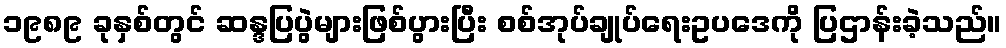
၁၉၈၉ ခုနှစ်တွင် ဆန္ဒပြပွဲများဖြစ်ပွားပြီး စစ်အုပ်ချုပ်ရေးဥပဒေကို ပြဌာန်းခဲ့သည်။